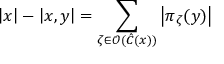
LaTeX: \left| x \right| - \left| x , y \right| = \sum _ { \zeta \in \mathcal { O } ( \hat { C } ( x ) ) } \left| \pi _ { \zeta } ( y ) \right|